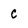
Character: C